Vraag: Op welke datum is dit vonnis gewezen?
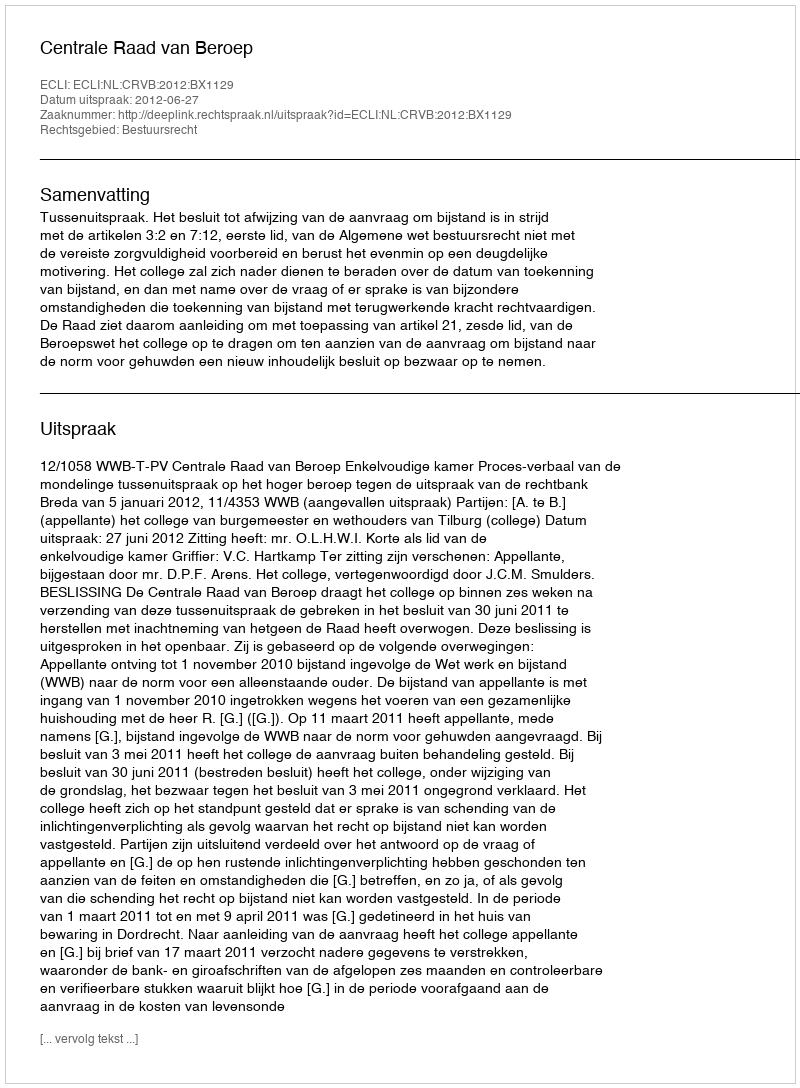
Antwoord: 2012-06-27